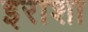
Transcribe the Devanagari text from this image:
इराशा